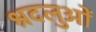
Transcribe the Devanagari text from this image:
श्रदलुओं